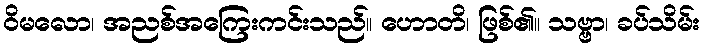
ဝိမလော၊ အညစ်အကြေးကင်းသည်။ ဟောတိ၊ ဖြစ်၏။ သဗ္ဗာ၊ ခပ်သိမ်း